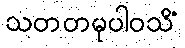
သတတမုပါဝသိံ